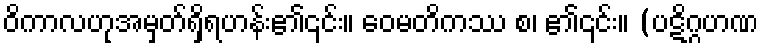
ဝိကာလဟုအမှတ်ရှိရဟန်း၏၎င်း။ ဝေမတိကဿ စ၊ ၏၎င်း။ (ပဋိဂ္ဂဟဏ